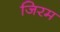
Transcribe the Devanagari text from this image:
जिरम